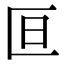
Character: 𫧍